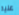
عليه